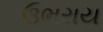
ઉભરાય